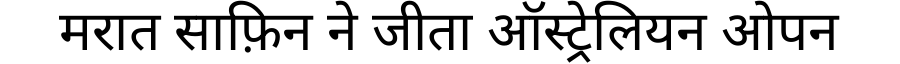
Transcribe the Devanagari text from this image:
मरात साफ़िन ने जीता ऑस्ट्रेलियन ओपन